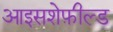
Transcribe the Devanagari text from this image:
आइसशेफ़ील्ड